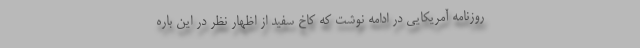
روزنامه آمریکایی در ادامه نوشت که کاخ سفید از اظهار نظر در این باره